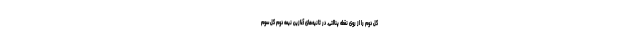
گل دوم را از روی نقطه پنالتی. در ثانیه‌های آغازین نیمه دوم گل سوم